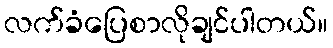
လက်ခံပြေစာလိုချင်ပါတယ်။